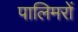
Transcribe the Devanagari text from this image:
पालिमरों